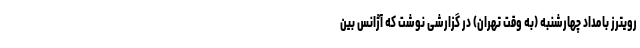
رویترز بامداد چهارشنبه (به وقت تهران) در گزارشی نوشت که آژانس بین